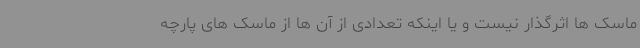
ماسک ها اثرگذار نیست و یا اینکه تعدادی از آن ها از ماسک های پارچه